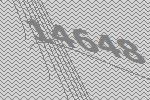
14648